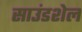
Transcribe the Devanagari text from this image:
साउंडशेल